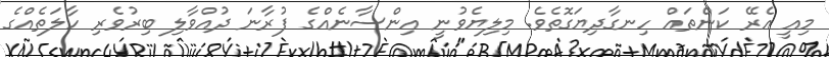
މިއީ އެރޭ ކަންތައް ހިނގާދިޔަގޮތެވެ. މިލިޔެވުނީ އިންސާނެއްގެ ފުރާނަ ދުއްވާލި ބިރުވެރި ހާލަތެއްގެ